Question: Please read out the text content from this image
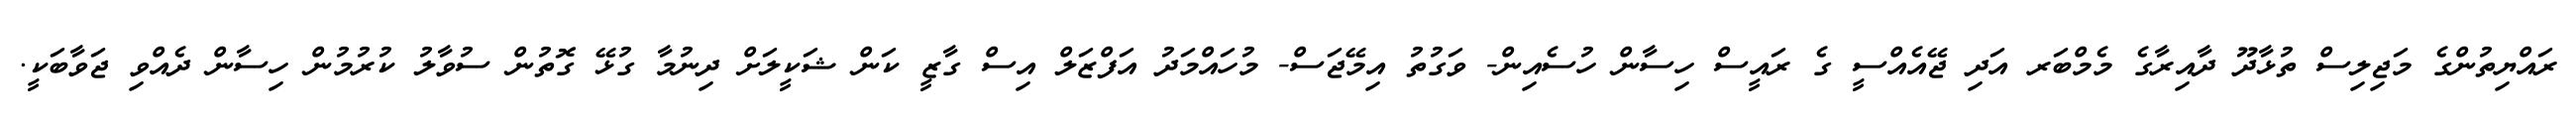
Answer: ރައްޔިތުންގެ މަޖިލިސް ތުޅާދޫ ދާއިރާގެ މެމްބަރ އަދި ޖޭއެއްސީ ގެ ރައީސް ހިސާން ހުސެއިން- ވަގުތު އިމޭޖަސް- މުހައްމަދު އަފްޒަލް އިސް ގާޒީ ކަން ޝަކީލަށް ދިނުމާ ގުޅޭ ގޮތުން ސުވާލު ކުރުމުން ހިސާން ދެއްވި ޖަވާބަކީ.